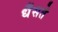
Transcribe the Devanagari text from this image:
धँसते